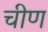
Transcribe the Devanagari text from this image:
चीण